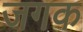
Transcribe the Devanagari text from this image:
जगक